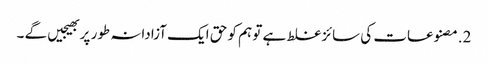
2.مصنوعات کی سائز غلط ہے تو ہم کو حق ایک آزادانہ طور پر بھیجیں گے ۔